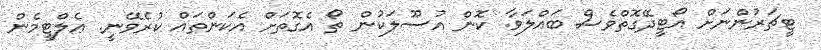
ޓީޗަރުންނަށް އޯޓީދޭގޮތްވެސް ބައްލަވާ. ކޮން އުސޫލަކުން ތޯ އެގޮތަށް އެކަންތައް ކުރެވޭނީ. ޢެލްޓީމެން